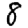
Digit: 8